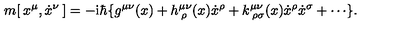
m [ \: x ^ { \mu } , \dot { x } ^ { \nu } \: ] = - \mathrm { i } \hbar \{ g ^ { \mu \nu } ( x ) + h _ { \: \rho } ^ { \mu \nu } ( x ) \dot { x } ^ { \rho } + k _ { \: \rho \sigma } ^ { \mu \nu } ( x ) \dot { x } ^ { \rho } \dot { x } ^ { \sigma } + \cdots \} .